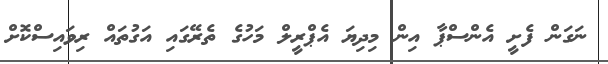
ނަގަން ފެށީ އެންސްޕާ އިން މިދިޔަ އެޕްރީލް މަހުގެ ތެރޭގައި އަގުތައް ރިވައިސްކޮށް